Vaccination in Burma 1900-1911 - 1900-1911
Year: 1900
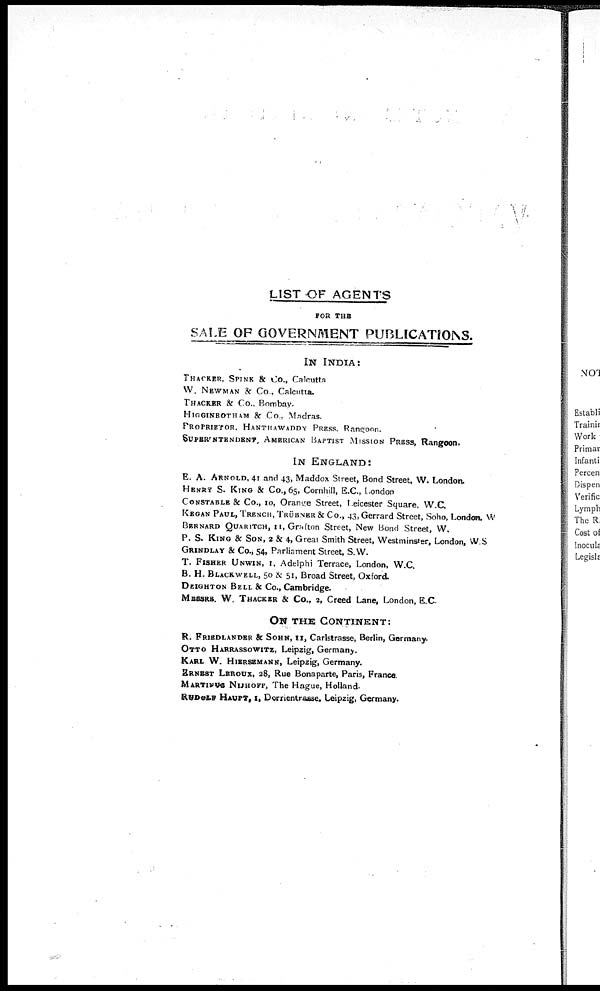
LIST OF AGENTS
FOR THE
SALE OF GOVERNMENT PUBLICATIONS.
IN INDIA:
THACKER, SPINK & Co., Calcutta
W. NEWMAN & Co., Calcutta.
THACKER & Co., Bombay.
HIGGINBOTHAM & Co., Madras.
PROPRIETOR, HANTHAWADDY PRESS, Rangoon.
SUPERINTENDENT, AMERICAN BAPTIST MISSION PRESS, Rangoon.
IN ENGLAND:
E. A. ARNOLD, 41 and 43, Maddox Street, Bond Street, W. London.
HENRY S. KING & Co., 65, Cornhill, E.C., London
CONSTABLE & Co., 10, Orange Street, Leicester Square, W.C.
KEGAN PAUL, TRENCH, TRÜBNER & Co., 43, Gerrard Street, Soho, London, W
BERNARD QUARITCH, 11, Grafton Street, New Bond Street, W.
P. S. KING & SON, 2 & 4, Great Smith Street, Westminster, London, W.S
GRINDLAY & Co., 54, Parliament Street, S.W.
T. FISHER UNWIN, 1, Adelphi Terrace, London, W.C.
B. H. BLACKWELL, 50 & 51, Broad Street, Oxford.
DEIGHTON BELL & Co., Cambridge.
MESSRS. W. THACKER & Co., 2, Creed Lane, London, E.C.
ON THE CONTINENT:
R. FRIEDLANDER & SOHN, 11, Carlstrasse, Berlin, Germany.
OTTO HARRASSOWITZ, Leipzig, Germany.
KARL W. HIERSEMANN, Leipzig, Germany.
ERNEST LEROUX, 28, Rue Bonaparte, Paris, France.
MARTINUS NIJHOFF, The Hague, Holland.
RUDOLF HAUPT, 1, Dorrientrasse, Leipzig, Germany.